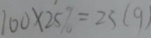
1 0 \times 2 5 \% = 2 5 ( g )